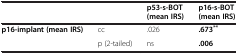
| <COLSPAN=2>  | p53-s-BOT (mean IRS) | p16-s-BOT (mean IRS) |
 | --- | --- | --- | --- |
 | p16-implant (mean IRS) | cc | .026 | .673** |
 |  | p (2-tailed) | ns | .006 |